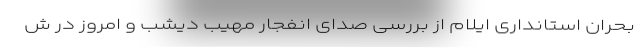
بحران استانداری ایلام از بررسی صدای انفجار مهیب دیشب و امروز در ش